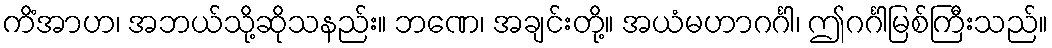
ကိံအာဟ၊ အဘယ်သို့ဆိုသနည်း။ ဘဏေ၊ အချင်းတို့။ အယံမဟာဂင်္ဂါ၊ ဤဂင်္ဂါမြစ်ကြီးသည်။